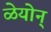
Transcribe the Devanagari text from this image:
ळेयोन्